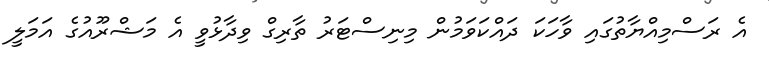
އެ ރަސްމިއްޔާތުގައި ވާހަކަ ދައްކަވަމުން މިނިސްޓަރު ތާރިގް ވިދާޅުވީ އެ މަޝްރޫއުގެ އަމަލީ